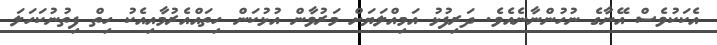
އެކަކުވެސް އޭނާގެ ނުހުންނާނެއެވެ. ދަރިފުޅު އަމިއްލަޔަށް މަރުވާން އުޅުކަން ހިތައްއެރުމާއިއެކު ހިތް ފިތުނުކަހަލަ